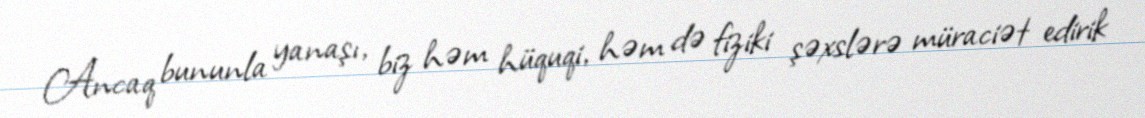
Ancaq bununla yanaşı, biz həm hüquqi, həm də fiziki şəxslərə müraciət edirik